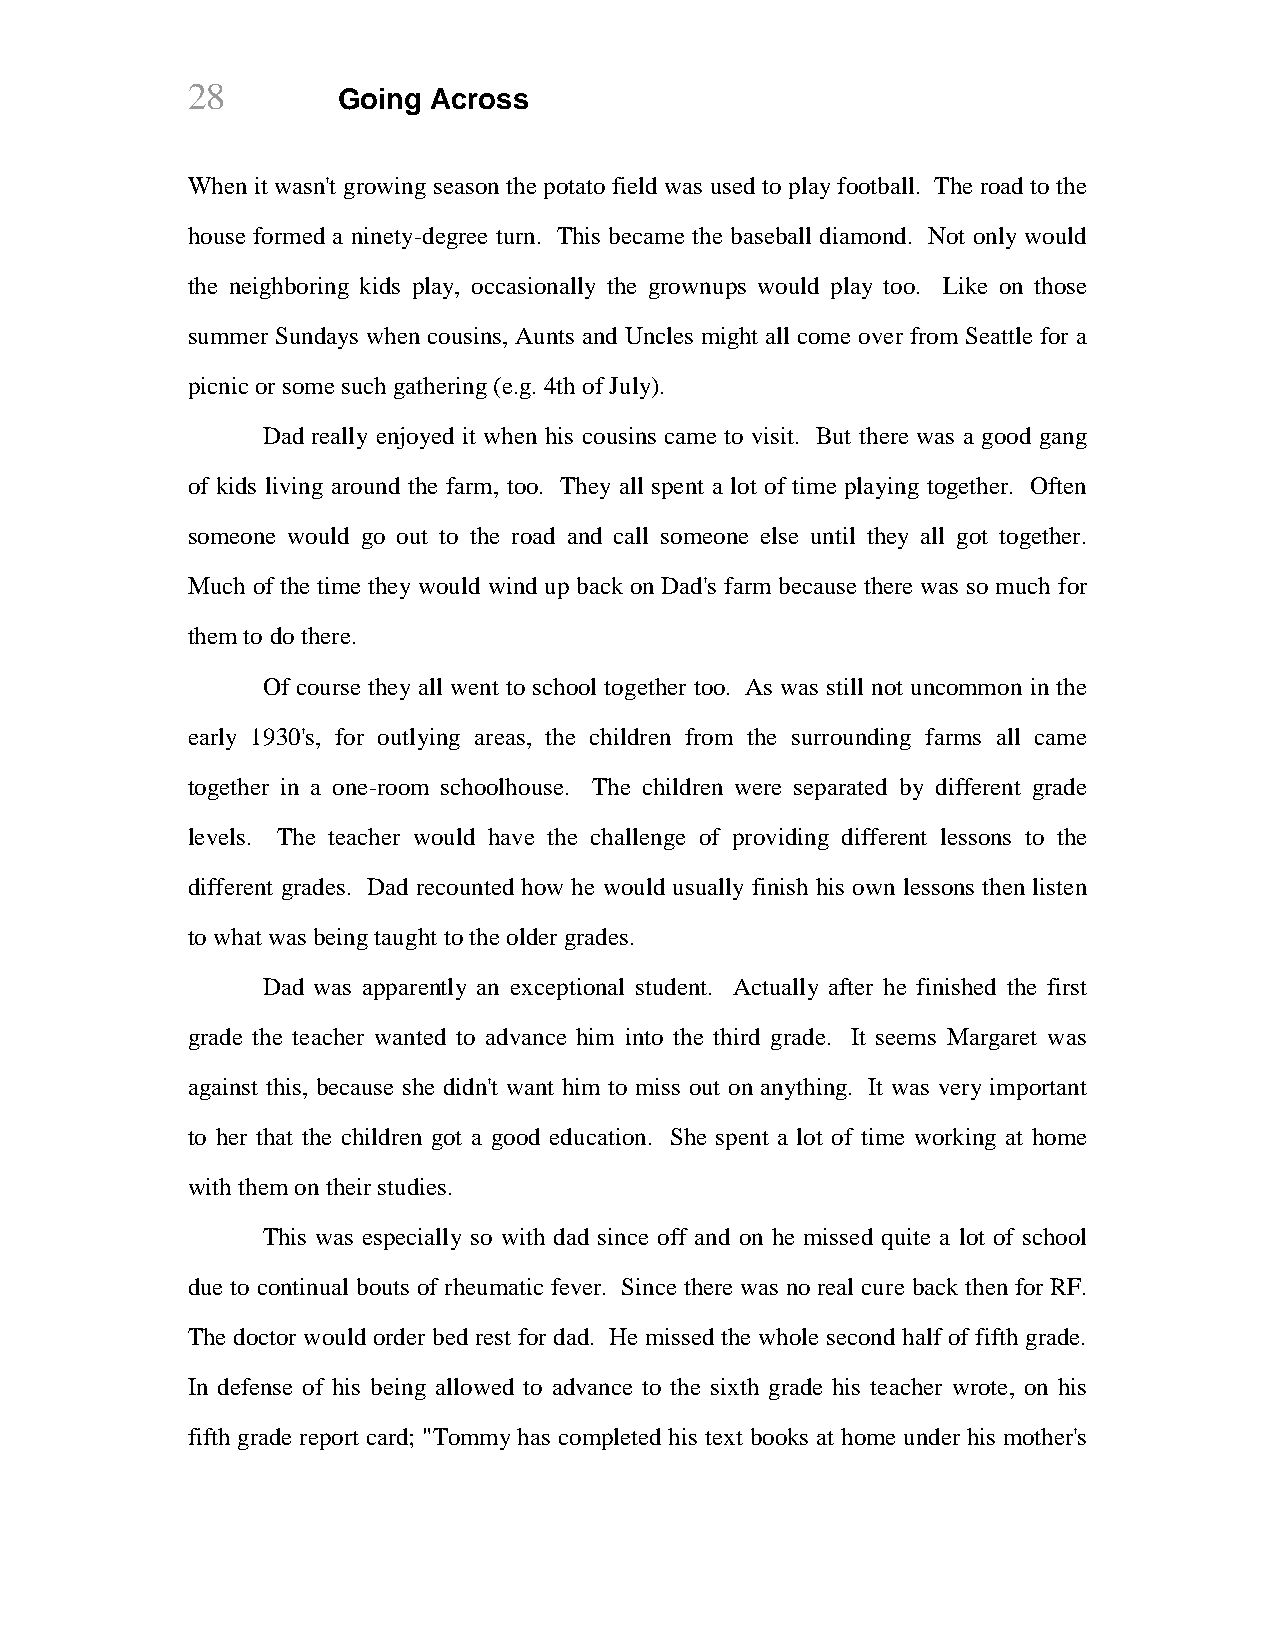
28        Going Across
 When it wasn't growing season the potato field was used to play football. The road to the
 house formed a ninety-degree turn. This became the baseball diamond. Not only would
 the neighboring kids play, occasionally the grownups would play too. Like on those
 summer Sundays when cousins, Aunts and Uncles might all come over from Seattle for a
 picnic or some such gathering (e.g. 4th of July).
 Dad really enjoyed it when his cousins came to visit. But there was a good gang
 of kids living around the farm, too. They all spent a lot of time playing together. Often
 someone would go out to the road and call someone else until they all got together.
 Much of the time they would wind up back on Dad's farm because there was so much for
 them to do there.
 Of course they all went to school together too. As was still not uncommon in the
 early 1930's, for outlying areas, the children from the surrounding farms all came
 together in a one-room schoolhouse. The children were separated by different grade
 levels. The teacher would have the challenge of providing different lessons to the
 different grades. Dad recounted how he would usually finish his own lessons then listen
 to what was being taught to the older grades.
 Dad was apparently an exceptional student. Actually after he finished the first
 grade the teacher wanted to advance him into the third grade. It seems Margaret was
 against this, because she didn't want him to miss out on anything. It was very important
 to her that the children got a good education. She spent a lot of time working at home
 with them on their studies.
 This was especially so with dad since off and on he missed quite a lot of school
 due to continual bouts of rheumatic fever. Since there was no real cure back then for RF.
 The doctor would order bed rest for dad. He missed the whole second half of fifth grade.
 In defense of his being allowed to advance to the sixth grade his teacher wrote, on his
 fifth grade report card; "Tommy has completed his text books at home under his mother's